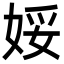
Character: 娞